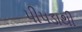
પીપડાથી